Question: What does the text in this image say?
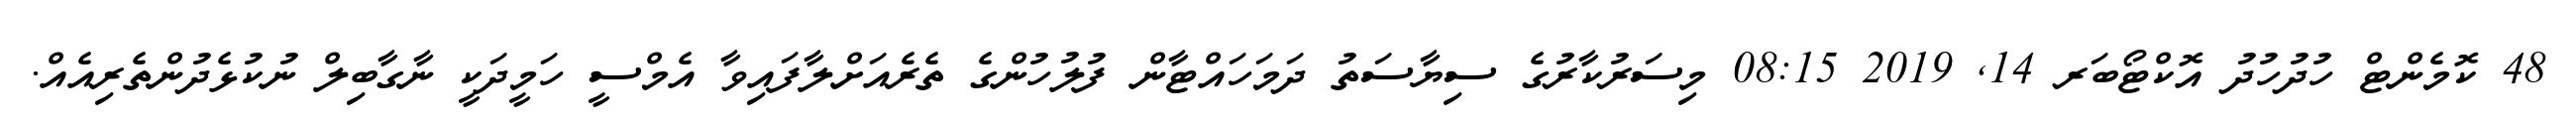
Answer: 48 ކޮމެންޓް ހުދުހުދު އޮކްޓޯބަރ 14, 2019 08:15 މިސަރުކާރުގެ ސިޔާސަތު ދަމަހައްޓާން ފުލުހުންގެ ތެރެއަށްލާފައިވާ އެމްސީ ހަމީދަކީ ނާގާބިލް ނުކުޅެދުންތެރިއެއް.